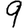
Digit: 9